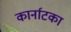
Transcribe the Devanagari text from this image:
कार्नाटका